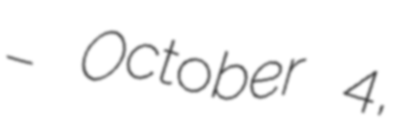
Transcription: – October 4,